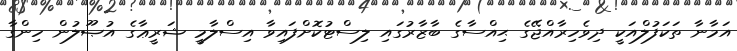
އަމާނާ ތަކަފުލްއަކީ ދިވެހިރާއްޖޭގެ ޙިއްސާގެ ބާޒާރުގައި ލިސްޓުކޮށްފައިވާ އިސްލާމީ ޝަރީޢާގެ އުޞޫލުން ހިންގާ